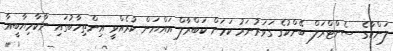
ލަންކާގެ ސެންޓްރަލް ބޭންކުގެ ގަވަރުނަރު ކަމަށް ކަބްރާލް އައްޔަން ކުރެއްވީ އިންތިހާބުގައި ނާކާމިޔާބީއާ